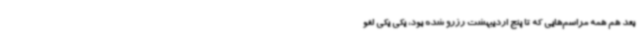
بعد هم همه مراسم‌هایی که تا پنج اردیبهشت رزرو شده بود، یکی یکی لغو